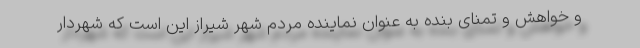
و خواهش و تمنای بنده به عنوان نماینده مردم شهر شیراز این است که شهردار